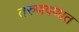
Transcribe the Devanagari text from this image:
तरुणपणात